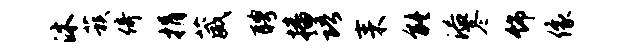
沐蔟倚捐葳聘播语耒能溢冬饰像